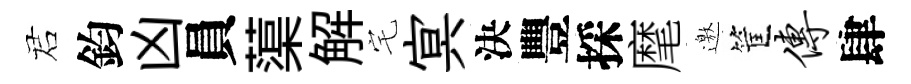
诺鈞凶員蕖解宅㝠決豐採麾邀筐传肆